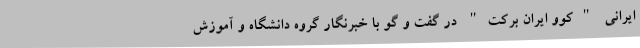
ایرانی "کوو ایران برکت" در گفت و گو با خبرنگار گروه دانشگاه و آموزش